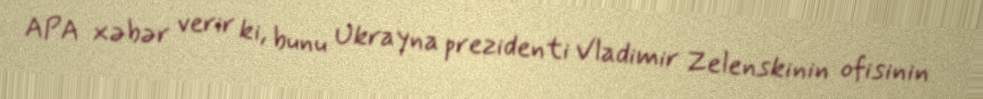
APA xəbər verir ki, bunu Ukrayna prezidenti Vladimir Zelenskinin ofisinin